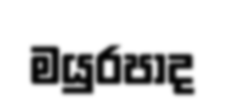
මයුරපාද